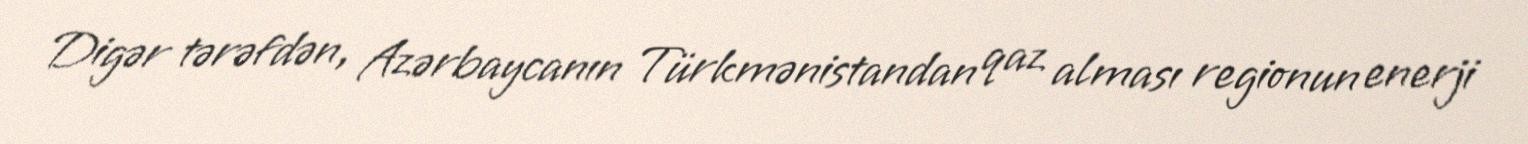
Digər tərəfdən, Azərbaycanın Türkmənistandan qaz alması regionun enerji